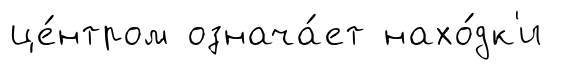
це́нтром означа́ет нахо́дк'и